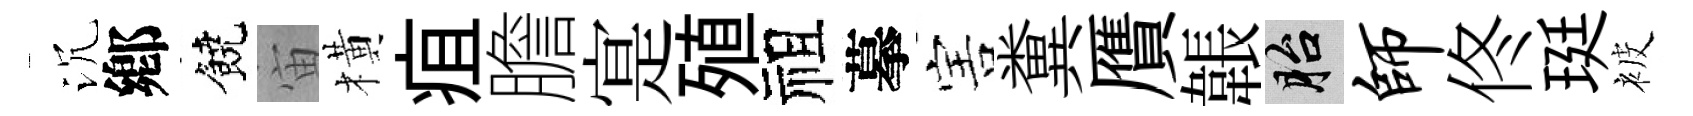
沉鄕饒宙橫疽膽寔殖祖摹害糞贋韔胎师佟珽被